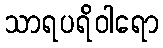
သာရပရိဝါရော